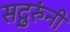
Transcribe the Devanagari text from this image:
सद्गुरुंनी